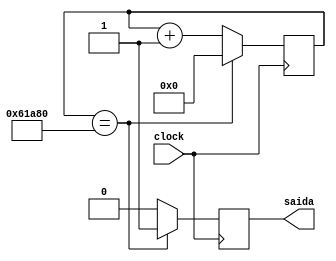
module Velocidade13(input clock,output reg saida);
reg [22:0] contador;
initial contador=0;

always @(posedge clock)
begin
	if(contador==400000)
	begin
		saida<=1;
		contador<=0;
	end
	else
	begin	
		saida<=0;
		contador<=contador+1;
	end
end



endmodule